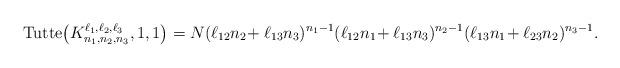
LaTeX: \begin{gather*}{\rm Tutte}\big(K_{n_1,n_2,n_3}^{\ell_1,\ell_2,\ell_3}, 1,1\big) = N (\ell_{12} n_2\!+\ell_{13} n_3)^{n_{1}-1} (\ell_{12} n_1\!+\ell_{13} n_3)^{n_{2}-1} (\ell_{13} n_1\!+ \ell_{23} n_2)^{n_{3}-1}. \end{gather*}